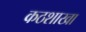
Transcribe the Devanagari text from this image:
कठशाखा